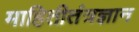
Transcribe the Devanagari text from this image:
माहितीतंत्रज्ञान